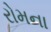
રોમના